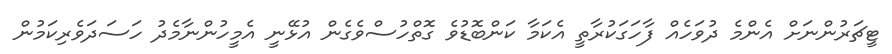
ޓީޗަރުންނަށް އެންމެ ދުވަހެއް ފާހަގަކުރާތީ އެކަމާ ކަންބޮޑުވެ ގޮތްހުސްވެގެން އުޅޭނީ އެމީހުންނާމެދު ހަސަދަވެރިކަމުން